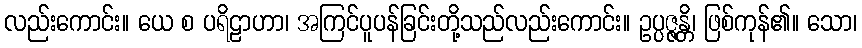
လည်းကောင်း။ ယေ စ ပရိဠာဟာ၊ အကြင်ပူပန်ခြင်းတို့သည်လည်းကောင်း။ ဥပ္ပဇ္ဇန္တိ၊ ဖြစ်ကုန်၏။ သော၊